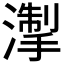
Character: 𪷘